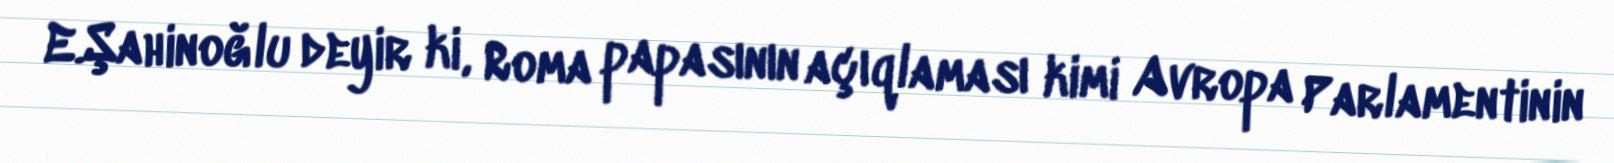
E.Şahinoğlu deyir ki, Roma papasının açıqlaması kimi Avropa Parlamentinin